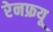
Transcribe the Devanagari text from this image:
रेनफ्रयू